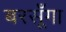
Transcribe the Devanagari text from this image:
बरसूँगा